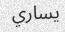
يساري